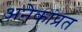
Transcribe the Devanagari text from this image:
अनेकांप्रत